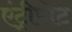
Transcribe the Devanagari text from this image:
एंट्रीपोट